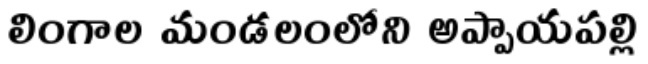
లింగాల మండలంలోని అప్పాయపల్లి